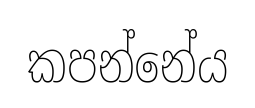
කපන්නේය